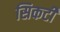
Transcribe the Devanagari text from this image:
सिकटी